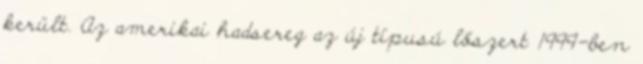
került. Az amerikai hadsereg az új típusú lőszert 1999-ben